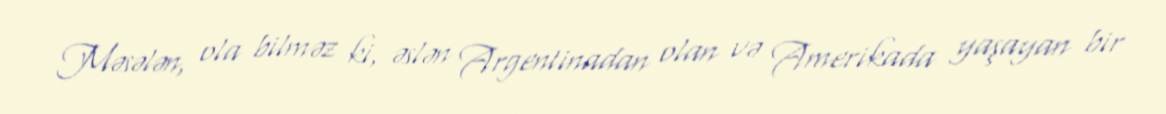
Məsələn, ola bilməz ki, əslən Argentinadan olan və Amerikada yaşayan bir